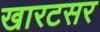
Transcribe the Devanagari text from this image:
खारटसर